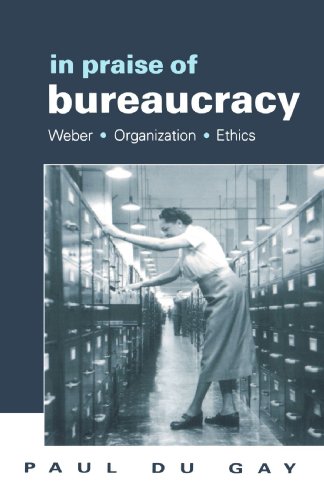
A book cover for In Praise of Bureaucracy: Weber - Organization - Ethics (Organization, Theory & Society); Paul du Gay; Politics & Social Sciences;